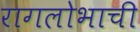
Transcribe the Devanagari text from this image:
रागलोभाची